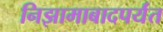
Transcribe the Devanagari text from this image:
निझामाबादपर्यंत